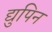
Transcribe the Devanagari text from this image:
द्युपिन